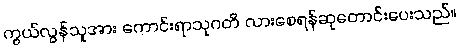
ကွယ်လွန်သူအား ကောင်းရာသုဂတိ လားစေရန်ဆုတောင်းပေးသည်။